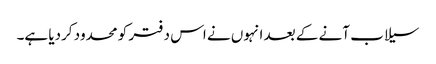
سیلاب آنے کے بعد انہوں نے اس دفتر کو محدود کردیا ہے۔